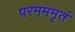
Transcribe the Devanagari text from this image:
परमममृतं